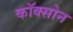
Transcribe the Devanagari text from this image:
कॉक्सोन